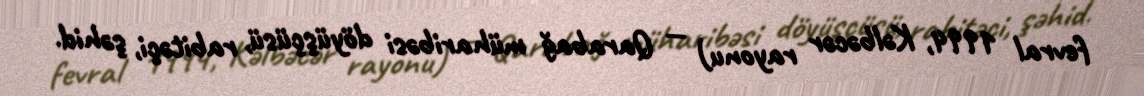
fevral 1994, Kəlbəcər rayonu) — Qarabağ müharibəsi döyüşçüsü, rabitəçi, şəhid.